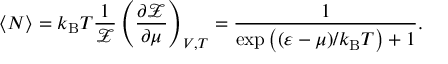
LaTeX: \langle N \rangle = k _ { \mathrm { { B } } } T { \frac { 1 } { \mathcal { Z } } } \left( { \frac { \partial { \mathcal { Z } } } { \partial \mu } } \right) _ { V , T } = { \frac { 1 } { \exp { \big ( } ( \varepsilon - \mu ) / k _ { \mathrm { { B } } } T { \big ) } + 1 } } .